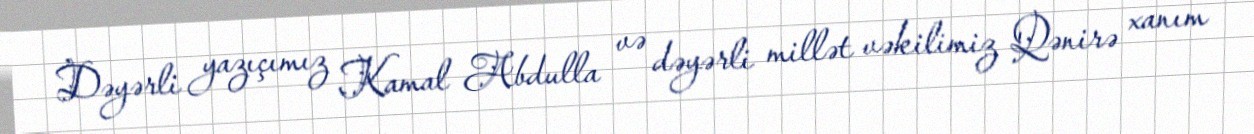
Dəyərli yazıçımız Kamal Abdulla və dəyərli millət vəkilimiz Qənirə xanım